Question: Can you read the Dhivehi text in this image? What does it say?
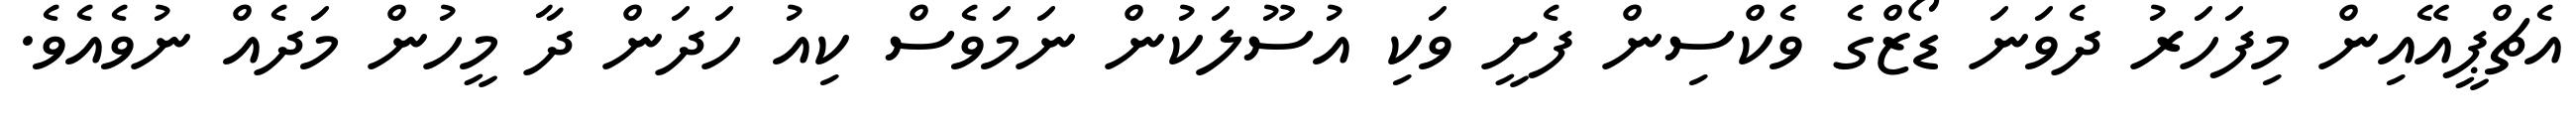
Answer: އެޗްޕީއޭއިން މިފަހަރު ދެވަނަ ޑޯޒްގެ ވެކްސިން ފެށީ ވަކި އުސޫލަކުން ނަމަވެސް ކިއު ހަދަން ދާ މީހުން މަދެއް ނުވެއެވެ.